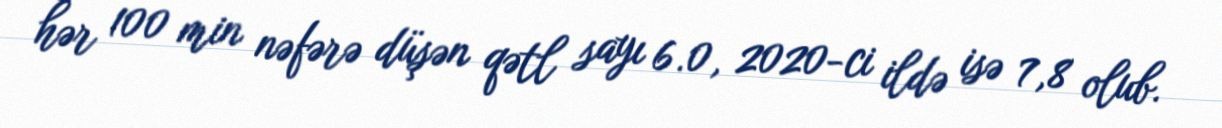
hər 100 min nəfərə düşən qətl sayı 6.0, 2020-ci ildə isə 7,8 olub.